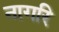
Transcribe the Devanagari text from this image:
नागरि